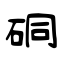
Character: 硐